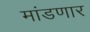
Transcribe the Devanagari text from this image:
मांडणार